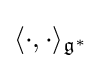
\langle \cdot ,\cdot \rangle _{{\mathfrak {g}}^{*}}